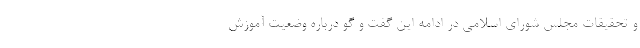
و تحقیقات مجلس شورای اسلامی در ادامه این گفت و گو درباره وضعیت آموزش